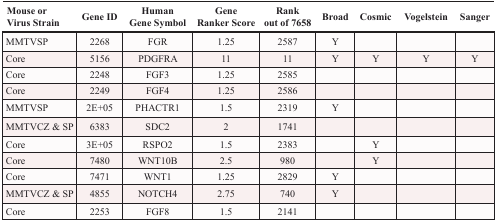
| Mouse or Virus Strain | Gene ID | Human Gene Symbol | Gene Ranker Score | Rank out of 7658 | Broad | Cosmic | Vogelstein | Sanger |
 | --- | --- | --- | --- | --- | --- | --- | --- | --- |
 | MMTVSP | 2268 | FGR | 1.25 | 2587 | Y |  |  |  |
 | Core | 5156 | PDGFRA | 11 | 11 | Y | Y | Y | Y |
 | Core | 2248 | FGF3 | 1.25 | 2585 |  |  |  |  |
 | Core | 2249 | FGF4 | 1.25 | 2586 |  |  |  |  |
 | MMTVSP | 2E+05 | PHACTR1 | 1.5 | 2319 | Y |  |  |  |
 | MMTVCZ & SP | 6383 | SDC2 | 2 | 1741 |  |  |  |  |
 | Core | 3E+05 | RSPO2 | 1.5 | 2383 |  | Y |  |  |
 | Core | 7480 | WNT10B | 2.5 | 980 |  | Y |  |  |
 | Core | 7471 | WNT1 | 1.25 | 2829 | Y |  |  |  |
 | MMTVCZ & SP | 4855 | NOTCH4 | 2.75 | 740 | Y |  |  |  |
 | Core | 2253 | FGF8 | 1.5 | 2141 |  |  |  |  |